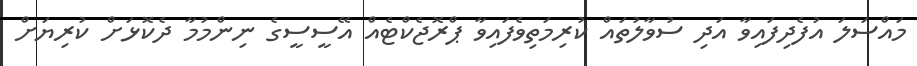
މައްސަލަ އުފެދިފައިވާ އަދި ސުވާލުތައް ކުރިމަތިވެފައިވާ ޕްރޮޖެކްޓެއް އޭސީސީގެ ނިންމުމާ ދެކޮޅަށް ކުރިޔަށް